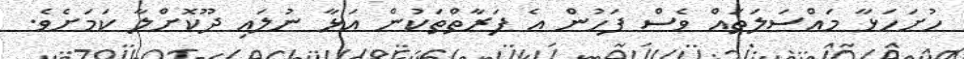
ހުށަހަޅާ މައްސަލަތައް ވެސް ފަހުން އެ ފަރާތްތަކުން އަޅާ ނުލައި ދޫކޮށްލާ ކަމަށެވެ.